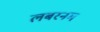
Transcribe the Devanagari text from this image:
लबरनम